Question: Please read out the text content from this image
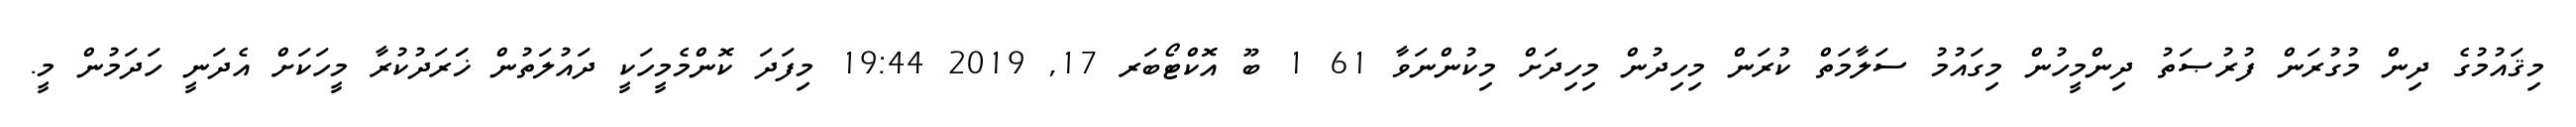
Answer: މިޤައުމުގެ ދިން މުގުރަން ފުރުޞަތު ދިންމީހުން މިގައުމު ސަލާމަތް ކުރަން މިހިދުން މިހިދަށް މިކުންނަވާ 61 1 ބޫ އޮކްޓޯބަރ 17, 2019 19:44 މިފަދަ ކޮންމެމީހަކީ ދައުލަތުން ޚަަރަދުކުރާ މީހަކަށް އެދަނީ ހަދަމުން މީ.